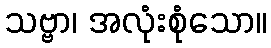
သဗ္ဗာ၊ အလုံးစုံသော။